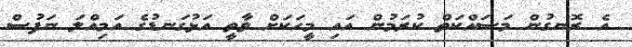
އެ ރޮނގުން މަސައްކަތް ކުރަމުން އައި މީހަކަށް ވާތީ އަޅުގަނޑުގެ އަމިއްލަ ނަފުސް